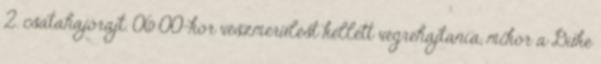
2. csatahajórajt. 06:00-kor vészmerülést kellett végrehajtania, mikor a Duke